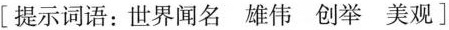
[提示词语：世界闻名 雄伟 创举 美观]